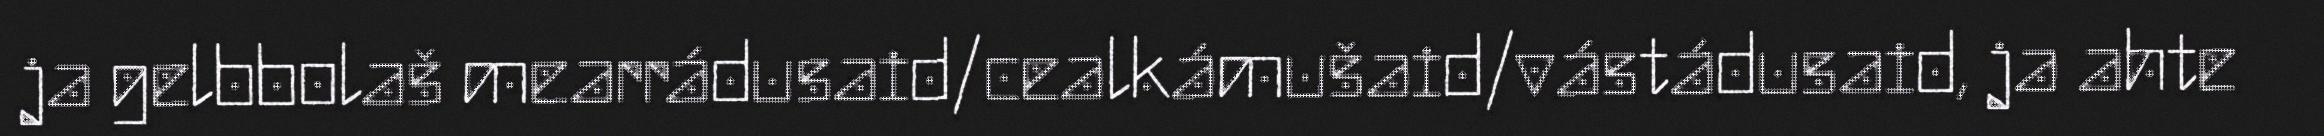
ja gelbbolaš mearrádusaid/cealkámušaid/vástádusaid, ja ahte